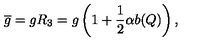
\overline { g } = g R _ { 3 } = g \left( 1 + { \frac { 1 } { 2 } } \alpha b ( Q ) \right) ,